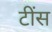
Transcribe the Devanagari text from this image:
टींस